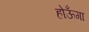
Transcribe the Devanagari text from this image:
होऊँगा